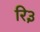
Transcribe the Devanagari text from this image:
रि३